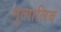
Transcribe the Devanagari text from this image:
मुत्ग़ालिब